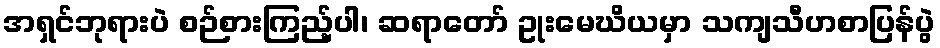
အရှင်ဘုရားပဲ စဉ်စားကြည့်ပါ၊ ဆရာတော် ဥုးမေဃိယမှာ သကျသီဟစာပြန်ပွဲ